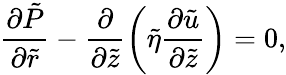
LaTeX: \frac{\partial\tilde{P}}{\partial\tilde{r}}-\frac{\partial}{\partial\tilde{z}}\left(\tilde{\eta}\frac{\partial\tilde{u}}{\partial\tilde{z}}\right)=0,